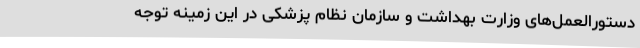
دستورالعمل‌های وزارت بهداشت و سازمان نظام پزشکی در این زمینه توجه